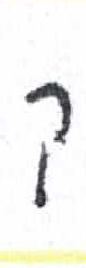
אות: ק